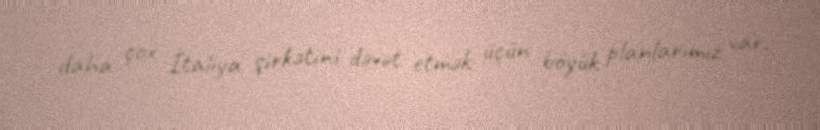
daha çox İtaliya şirkətini dəvət etmək üçün böyük planlarımız var.